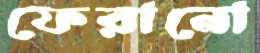
ফেরানো